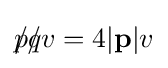
p\!\!\!/q\!\!\!/v=4|\mathbf {p} |v